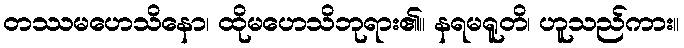
တဿမဟေသိနော၊ ထိုမဟေသိဘုရား၏။ နရမရူတိ၊ ဟူသည်ကား။